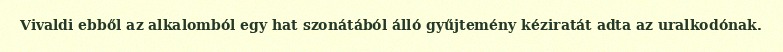
Vivaldi ebből az alkalomból egy hat szonátából álló gyűjtemény kéziratát adta az uralkodónak.